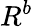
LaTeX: R^{b}